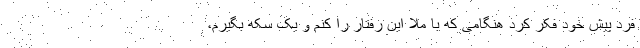
فرد پیش خود فکر کرد هنگامی که با ملا این رفتار را کنم و یک سکه بگیرم،